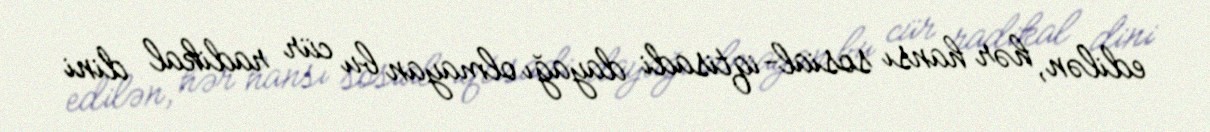
edilən, hər hansı sosial-iqtisadi dayağı olmayan bu cür radikal dini